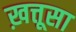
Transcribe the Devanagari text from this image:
ख़त्तूसा